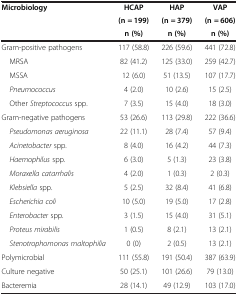
<table><thead><tr><td rowspan="2"><b>Microbiology</b></td><td><b>HCAP</b></td><td><b>HAP</b></td><td><b>VAP</b></td></tr><tr><td><b>(n = 199)</b></td><td><b>(n = 379)</b></td><td><b>(n = 606)</b></td></tr><tr><td><b> </b></td><td><b>n (%)</b></td><td><b>n (%)</b></td><td><b>n (%)</b></td></tr></thead><tbody><tr><td>Gram-positive pathogens</td><td>117 (58.8)</td><td>226 (59.6)</td><td>441 (72.8)</td></tr><tr><td> MRSA</td><td>82 (41.2)</td><td>125 (33.0)</td><td>259 (42.7)</td></tr><tr><td> MSSA</td><td>12 (6.0)</td><td>51 (13.5)</td><td>107 (17.7)</td></tr><tr><td> <i>Pneumococcus</i></td><td>4 (2.0)</td><td>10 (2.6)</td><td>15 (2.5)</td></tr><tr><td> Other <i>Streptococcus</i> spp.</td><td>7 (3.5)</td><td>15 (4.0)</td><td>18 (3.0)</td></tr><tr><td>Gram-negative pathogens</td><td>53 (26.6)</td><td>113 (29.8)</td><td>222 (36.6)</td></tr><tr><td> <i>Pseudomonas aeruginosa</i></td><td>22 (11.1)</td><td>28 (7.4)</td><td>57 (9.4)</td></tr><tr><td> <i>Acinetobacter</i> spp.</td><td>8 (4.0)</td><td>16 (4.2)</td><td>44 (7.3)</td></tr><tr><td> <i>Haemophilus</i> spp.</td><td>6 (3.0)</td><td>5 (1.3)</td><td>23 (3.8)</td></tr><tr><td> <i>Moraxella catarrhalis</i></td><td>4 (2.0)</td><td>1 (0.3)</td><td>2 (0.3)</td></tr><tr><td> <i>Klebsiella</i> spp.</td><td>5 (2.5)</td><td>32 (8.4)</td><td>41 (6.8)</td></tr><tr><td> <i>Escherichia coli</i></td><td>10 (5.0)</td><td>19 (5.0)</td><td>17 (2.8)</td></tr><tr><td> <i>Enterobacter</i> spp.</td><td>3 (1.5)</td><td>15 (4.0)</td><td>31 (5.1)</td></tr><tr><td> <i>Proteus mirabilis</i></td><td>1 (0.5)</td><td>8 (2.1)</td><td>13 (2.1)</td></tr><tr><td> <i>Stenotrophomonas maltophilia</i></td><td>0 (0)</td><td>2 (0.5)</td><td>13 (2.1)</td></tr><tr><td>Polymicrobial</td><td>111 (55.8)</td><td>191 (50.4)</td><td>387 (63.9)</td></tr><tr><td>Culture negative</td><td>50 (25.1)</td><td>101 (26.6)</td><td>79 (13.0)</td></tr><tr><td>Bacteremia</td><td>28 (14.1)</td><td>49 (12.9)</td><td>103 (17.0)</td></tr></tbody></table>